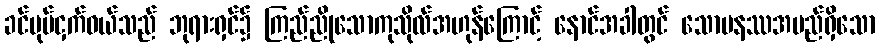
ခင်ပုပ်ငှက်ဝယ်သည် ဘုရားရှင်၌ ကြည်ညိုသောကုသိုလ်အဟုန်ကြောင့် နောင်အခါတွင် သောမနဿအမည်ရှိသော